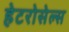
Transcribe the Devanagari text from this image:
हेटरोसेल्स